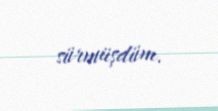
sürmüşdüm.